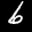
Label: 6